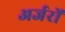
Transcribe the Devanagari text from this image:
अर्जरों